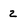
Character: 2